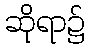
ဆိုရာ၌